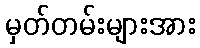
မှတ်တမ်းများအား